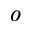
_ o